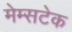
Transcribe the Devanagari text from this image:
मेम्सटेक